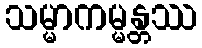
သမ္မာကမ္မန္တဿ